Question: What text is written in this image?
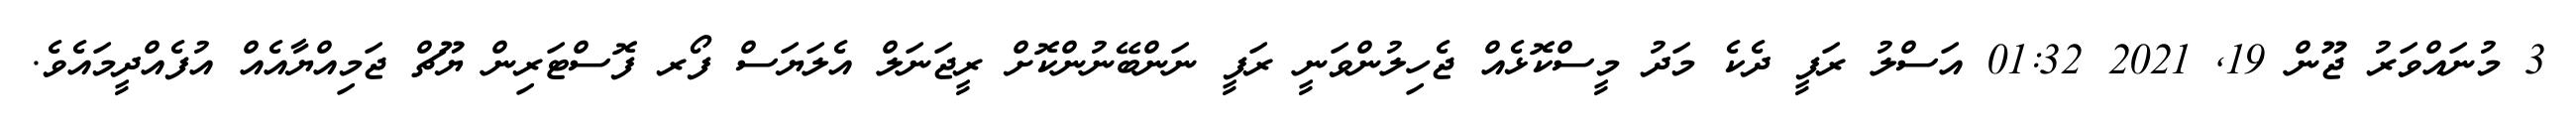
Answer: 3 މުނައްވަރު ޖޫން 19, 2021 01:32 އަސްލު ރަފީ ދެކެ މަދު މީސްކޮޅެއް ޖެހިލުންވަނީ ރަފީ ނަންބޭނުންކޮށް ރީޖަނަލް އެލަޔަސް ފޯރ ފޮސްޓަރިން ޔޫޗް ޖަމިއްޔާއެއް އުފެއްދީމައެވެ.